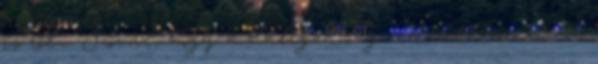
is róla. Szóval, hogy a hallgatóság érdektelen, de őt